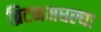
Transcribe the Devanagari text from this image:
ब्रिटनमधल्या